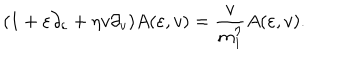
( 1 + \varepsilon \partial _ { \varepsilon } + \eta v \partial _ { v } ) A ( \varepsilon , v ) = { \frac { v } { m _ { 1 } ^ { \eta } } } A ( \varepsilon , v ) .